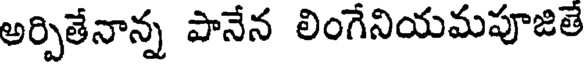
అర్పితేనాన్న పానేన లింగేనియమపూజితే